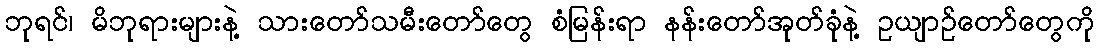
ဘုရင်၊ မိဘုရားများနဲ့ သားတော်သမီးတော်တွေ စံမြန်းရာ နန်းတော်အုတ်ခုံနဲ့ ဥယျာဉ်တော်တွေကို